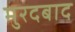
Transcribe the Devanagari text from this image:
मुरदबाद